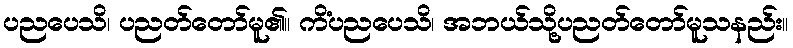
ပညပေသိ၊ ပညတ်တော်မူ၏။ ကိံပညပေသိ၊ အဘယ်သို့ပညတ်တော်မူသနည်း။